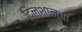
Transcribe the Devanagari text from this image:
दिलशानचा